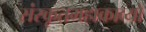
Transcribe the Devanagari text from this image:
संस्कृतमहाकाव्यों